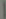
|